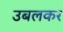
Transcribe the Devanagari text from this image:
उबलकर